Indian journal of veterinary science and animal husbandry - Volume 10,
Year: 1940
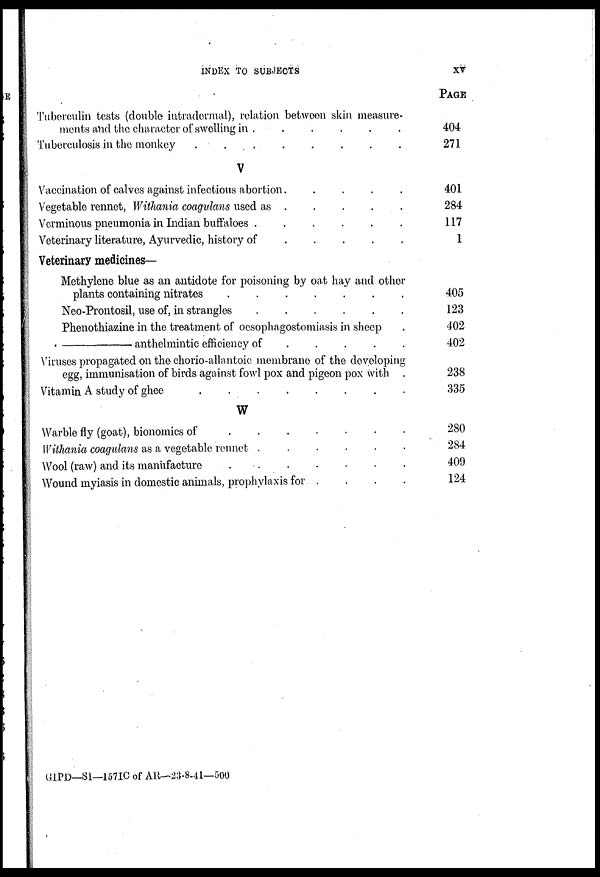
INDEX TO SUBJECTS
XV
Tuberculin tests (double intradermal), relation between skin measure-
ments and the character of swelling in . . . . . .
Tuberculosis in the monkey .
.
V
Vaccination of calves against infectious abortion.
.
Vegetable rennet, Withania coagulans used as . . . . . .
Verminous pneumonia in Indian buffaloes . . . . . .
Veterinary literature, Ayurvedic, history of . . . . . .
Veterinary medicines—
Methylene blue as an antidote for poisoning by oat hay and other
plants containing nitrates . . . . . .
Neo-Prontosil, use of, in strangles . . . . . .
Phenothiazine in the treatment of oesophagostomiasis in sheep .
—anthelmintic
efficiency of
.
.
.
. . .
Viruses propagated on the chorio-allantoic membrane of the developing
egg, immunisation of birds against fowl pox and pigeon pox with .
Vitamin A study of ghee
.
.
.
.
.
.
.
W
Warble fly (goat), bionomics of
.
.
.
.
.
.
.
Withania coagulans as a vegetable rennet .
.
.
.
Wool (raw) and its manufacture
.
.
.
.
.
.
.
Wound myiasis in domestic animals, prophylaxis for .
.
.
.
PAGE
404
271
401
284
117
1
405
123
402
402
238
335
280
284
409
124
GIPD—SI—157IC of AR-23-8-41—500